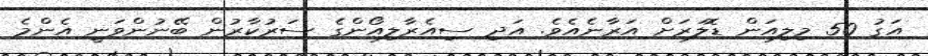
އަގު 50 މިލިއަން ޑޮލަރަށް އަރާނެއެވެ. އަދި ސިއެރާލިއޯންގެ ސަރުކާރުން ބޭނުންވަނީ އެންމެ